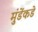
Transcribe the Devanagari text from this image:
मुंडेंकडे